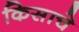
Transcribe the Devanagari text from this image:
किसाचे